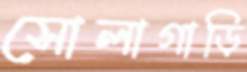
সোলাগাড়ি